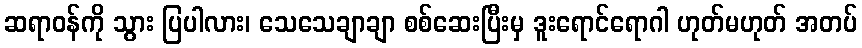
ဆရာဝန်ကို သွား ပြပါလား၊ သေသေချာချာ စစ်ဆေးပြီးမှ ဒူးရောင်ရောဂါ ဟုတ်မဟုတ် အတပ်